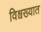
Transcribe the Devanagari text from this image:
विश्वख्यात